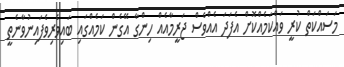
މަސައްކަތް ކުރީ ވައްކަމެއްކޮށް އެފަދަ އެއްވެސް ޖަރީމާއެއް ހިންގާ އޭގެން ކަމެއްގައި ބައިވެރިވެފައިނުވާނެތީ